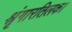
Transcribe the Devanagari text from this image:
श्रृंगारतिलक।